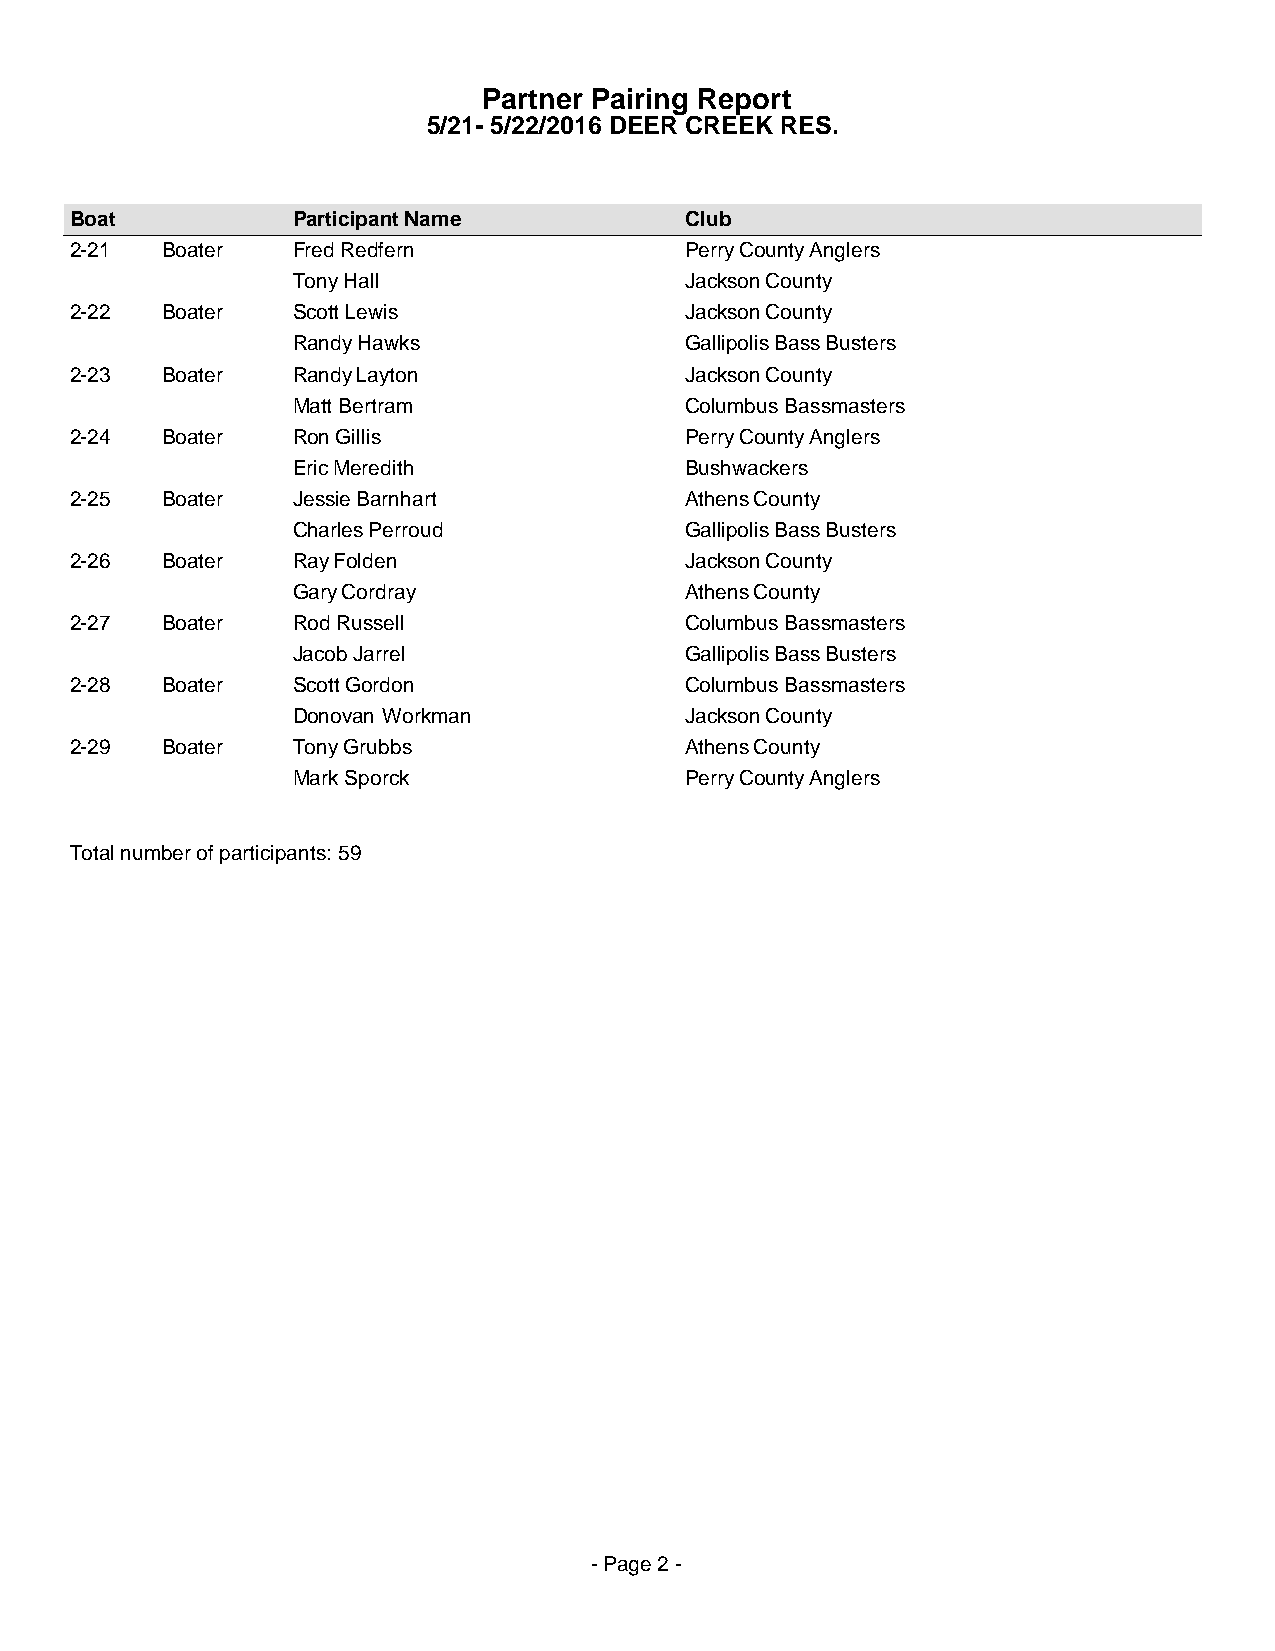
Partner Pairing Report
 5/21- 5/22/2016 DEER CREEK RES.
 Boat          Participant Name          Club
 2-21  Boater  Fred Redfern              Perry County Anglers
 Tony Hall                 Jackson County
 2-22  Boater  Scott Lewis               Jackson County
 Randy Hawks               Gallipolis Bass Busters
 2-23  Boater  Randy Layton              Jackson County
 Matt Bertram              Columbus Bassmasters
 2-24  Boater  Ron Gillis                Perry County Anglers
 Eric Meredith             Bushwackers
 2-25  Boater  Jessie Barnhart           Athens County
 Charles Perroud           Gallipolis Bass Busters
 2-26  Boater  Ray Folden                Jackson County
 Gary Cordray              Athens County
 2-27  Boater  Rod Russell               Columbus Bassmasters
 Jacob Jarrel              Gallipolis Bass Busters
 2-28  Boater  Scott Gordon              Columbus Bassmasters
 Donovan Workman           Jackson County
 2-29  Boater  Tony Grubbs               Athens County
 Mark Sporck               Perry County Anglers
 Total number of participants: 59
 - Page 2 -